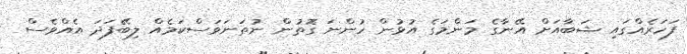
ފަހަރެއްގައި ޝަބާއަށް އޭނާގެ މަންމަގެ އުޅުން ހުންނަ ގޮތުން ނުތަނަވަސްކަމެއް ލިބޭފަދަ އެއްވެސް